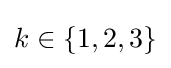
k\in \left\{1,2,3\right\}